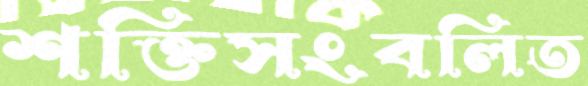
শক্তিসংবলিত